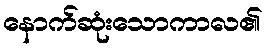
နောက်ဆုံးသောကာလ၏